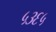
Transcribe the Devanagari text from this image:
५३६५